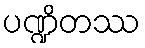
ပဏ္ဍိတဿ